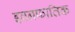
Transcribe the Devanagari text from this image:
इवनफातिक